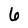
Character: 6